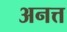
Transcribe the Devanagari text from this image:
अनत्त